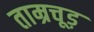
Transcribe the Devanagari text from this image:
ताम्रचूड़